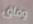
وفاق